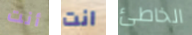
أنت انت الخاطئ